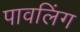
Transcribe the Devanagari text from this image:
पावलिंग